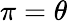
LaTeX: \pi=\theta